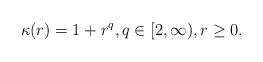
LaTeX: \begin{align*} \kappa(r) = 1 + r^q, q \in [2,\infty), r \ge 0.\end{align*}